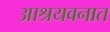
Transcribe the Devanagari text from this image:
आश्रयवनात